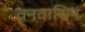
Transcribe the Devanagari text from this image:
वनवासिन